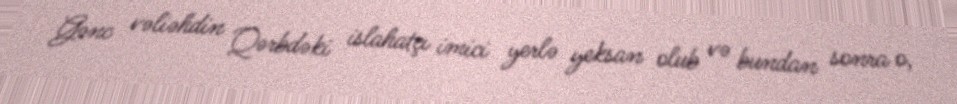
Gənc vəliəhdin Qərbdəki islahatçı imici yerlə yeksan olub və bundan sonra o,